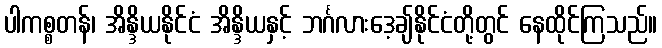
ပါကစ္စတန်၊ အိန္ဒိယနိုင်ငံ အိန္ဒိယနှင့် ဘင်္ဂလားဒေ့ချ်နိုင်ငံတို့တွင် နေထိုင်ကြသည်။